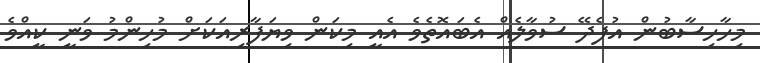
މިހާހިސާބުން އުފެދޭ ސުވާލެއް އެބައޮތެވެ އެއީ މިކަން ވިޔަފާރިއަކަށް މުހިންމު ވަނީ ކީއްވެ